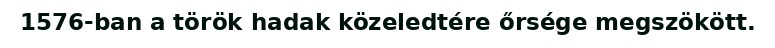
1576-ban a török hadak közeledtére őrsége megszökött.